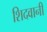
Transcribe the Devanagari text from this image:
शिदवानी